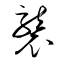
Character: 襲